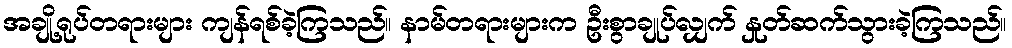
အချို့ရုပ်တရားများ ကျန်ရစ်ခဲ့ကြသည်။ နာမ်တရားများက ဦးစွာချုပ်လျှက် နှုတ်ဆက်သွားခဲ့ကြသည်။